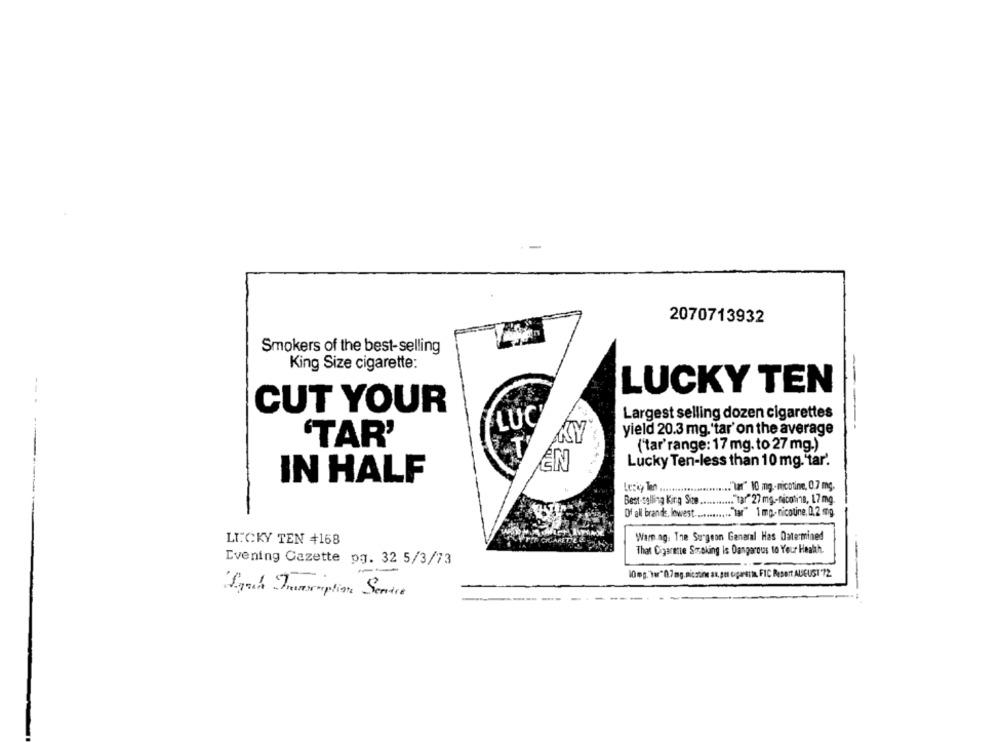
2070713932
Smokers of the best-selling
King Size cigarette:
LUCKY TEN
CUT YOUR
Largest selling dozen cigarettes
LUC
yield 20.3 mg.'tar' on the average
'TAR'
("tar'range: 17 mg. to 27 mg.)
EN
Lucky Ten-less than 10 mg."tar'.
IN HALF
Le:« ... ...................... \2" 10 mg .- nicotine, 0.7 mg.
Best-selling king Sos ........... "tar" 27 mg .- nicotina, 17 mg.
Of all brands, lowest ............ "tar" 1 mg- nicotine. 0.2 mg.
LT.CKY TEN +168
War ag: The Surgeon General Has Datermined
That Cigarette Smoking Is Dangerous to Your Heath.
Evening Cazette pg. 32 5/3/73
10 mg."Tar"0.7mg. nicstine an,por tagaresin FIC Resort AUSEUSI'72.
Sub Junsoption Service